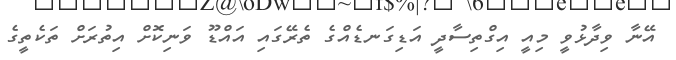
އޭނާ ވިދާޅުވީ މިއީ އިގްތިސާދީ އަޑިގަނޑެއްގެ ތެރޭގައި އައްޑޫ ވަނިކޮށް އިތުރަށް ތަކެތީގެ